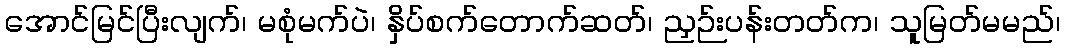
အောင်မြင်ပြီးလျက်၊ မစုံမက်ပဲ၊ နှိပ်စက်တောက်ဆတ်၊ ညှဉ်းပန်းတတ်က၊ သူမြတ်မမည်၊